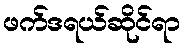
ဖက်ဒရယ်ဆိုင်ရာ